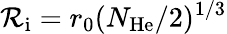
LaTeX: \mathcal{R}_{\mathrm{{i}}}=r_{0}(N_{\mathrm{{He}}}/2)^{1/3}